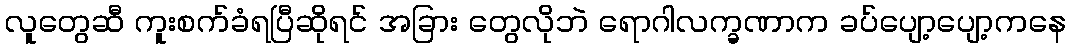
လူတွေဆီ ကူးစက်ခံရပြီဆိုရင် အခြား တွေလိုဘဲ ရောဂါလက္ခဏာက ခပ်ပျော့ပျော့ကနေ